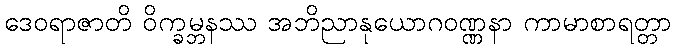
ဒေဝရာဇာတိ ဝိက္ခမ္ဘနဿ အဘိညာနုယောဂဝဏ္ဏနာ ကာမာစာရတ္တာ